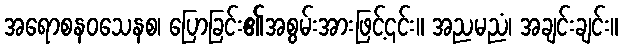
အရောစနဝသေနစ၊ ပြောခြင်း၏အစွမ်းအားဖြင့်၎င်း။ အညမညံ၊ အချင်းချင်း။